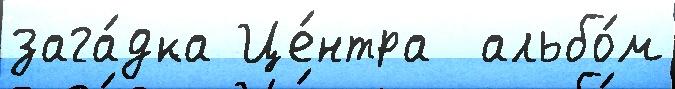
зага́дка Це́нтра  альбо́м